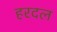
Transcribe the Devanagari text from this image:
हरदल